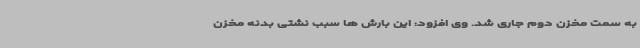
به سمت مخزن دوم جاری شد. وی افزود: این بارش ها سبب نشتی بدنه مخزن